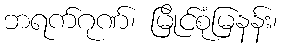
ဘရက်ဂုဏ်၊ မြိုင်စုံမြနန်း၊